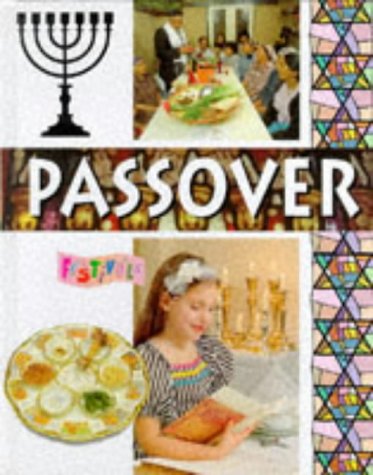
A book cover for Passover (Festivals); Angela Wood; Children's Books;